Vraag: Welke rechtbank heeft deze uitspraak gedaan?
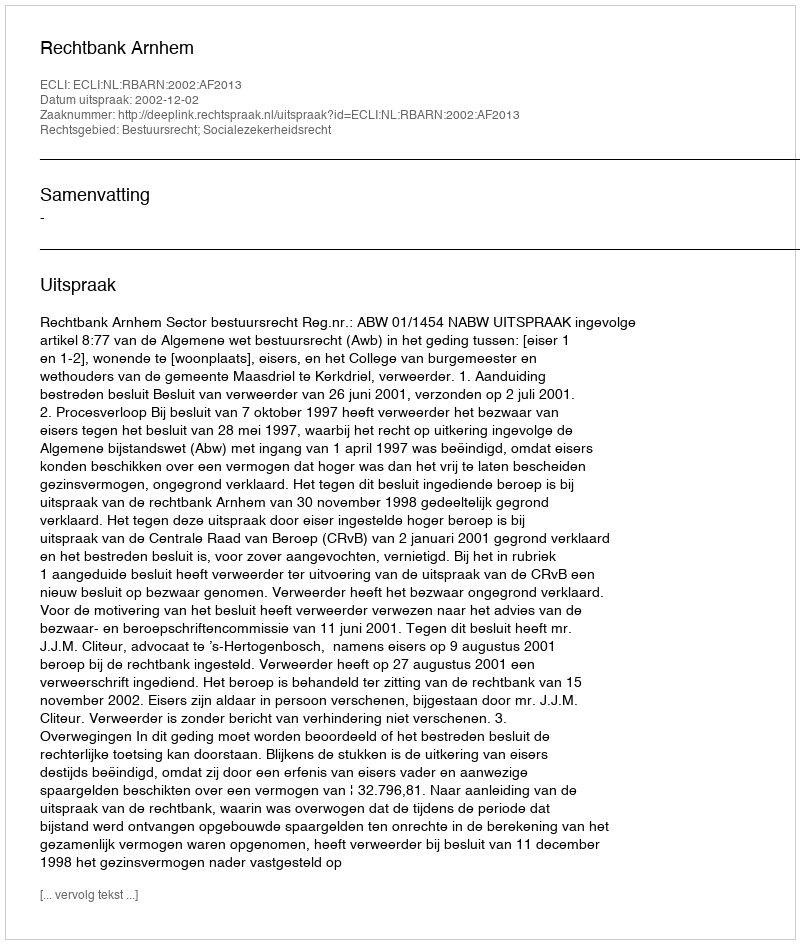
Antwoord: Rechtbank Arnhem